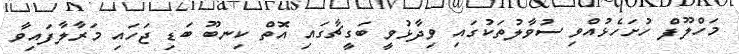
މަހްލޫފް ހުށަހެޅުއްވި ސުވާލުތަކުގައި ވިދާޅުވީ ބަގީޗާގައި އޮތް ކިނބޫ ބަޑި ޖަހައި މަރާލާފައިވާ